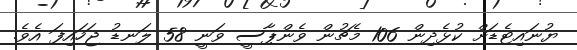
ޔުނައިޓެޑަށް ކުޅެދިން 106 މެޗުން ވެންޕާސީ ވަނީ 58 ލަނޑު ޖަހައިފަ އެވެ.